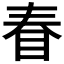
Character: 𰥖